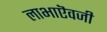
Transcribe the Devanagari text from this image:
लाभाऎवजी